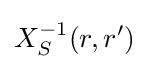
X_{S}^{-1}(r,r')